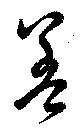
盖